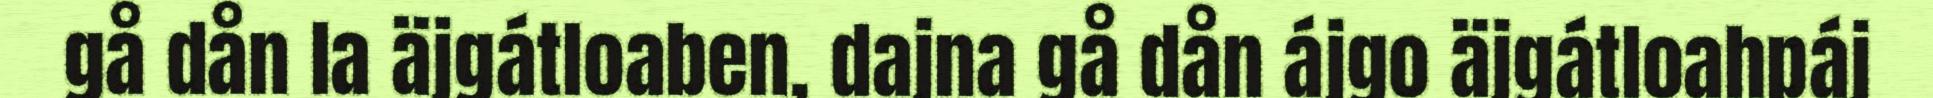
gå dån la äjgátloaben, dajna gå dån ájgo äjgátloahpáj